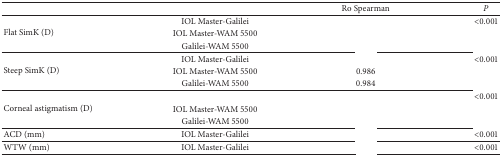
<table><thead><tr><td>[EMPTY_CELL]</td><td>[EMPTY_CELL]</td><td><b>Ro Spearman</b></td><td><b><i>P </i></b></td></tr></thead><tbody><tr><td rowspan="3">Flat SimK (D)</td><td>IOL Master-Galilei</td><td>[EMPTY_CELL]</td><td>&lt;0.001</td></tr><tr><td>IOL Master-WAM 5500</td><td>[EMPTY_CELL]</td><td>[EMPTY_CELL]</td></tr><tr><td>Galilei-WAM 5500</td><td>[EMPTY_CELL]</td><td>[EMPTY_CELL]</td></tr><tr><td rowspan="3">Steep SimK (D)</td><td>IOL Master-Galilei</td><td>[EMPTY_CELL]</td><td>&lt;0.001</td></tr><tr><td>IOL Master-WAM 5500</td><td>0.986</td><td>[EMPTY_CELL]</td></tr><tr><td>Galilei-WAM 5500</td><td>0.984</td><td>[EMPTY_CELL]</td></tr><tr><td rowspan="3">Corneal astigmatism (D)</td><td>[EMPTY_CELL]</td><td>[EMPTY_CELL]</td><td>&lt;0.001</td></tr><tr><td>IOL Master-WAM 5500</td><td>[EMPTY_CELL]</td><td>[EMPTY_CELL]</td></tr><tr><td>Galilei-WAM 5500</td><td>[EMPTY_CELL]</td><td>[EMPTY_CELL]</td></tr><tr><td>ACD (mm)</td><td>IOL Master-Galilei</td><td>[EMPTY_CELL]</td><td>&lt;0.001</td></tr><tr><td>WTW (mm)</td><td>IOL Master-Galilei</td><td>[EMPTY_CELL]</td><td>&lt;0.001</td></tr></tbody></table>